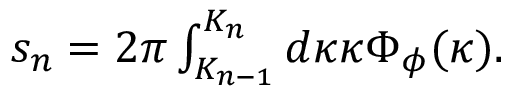
\begin{array} { r } { s _ { n } = 2 \pi \int _ { K _ { n - 1 } } ^ { K _ { n } } d \kappa \kappa \Phi _ { \phi } ( \kappa ) . } \end{array}